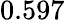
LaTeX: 0.597